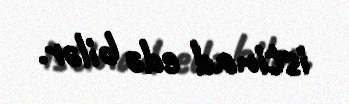
istinad edə bilər.